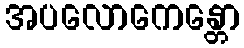
အပလောကေန္တော